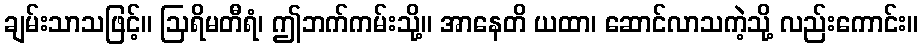
ချမ်းသာသဖြင့်။ ဩရိမတီရံ၊ ဤဘက်ကမ်းသို့။ အာနေတိ ယထာ၊ ဆောင်လာသကဲ့သို့ လည်းကောင်း။